Report of the Municipal Commissioner on the plague in Bombay for the year ending 31st May... - Volume 1
Disease focus: Plague
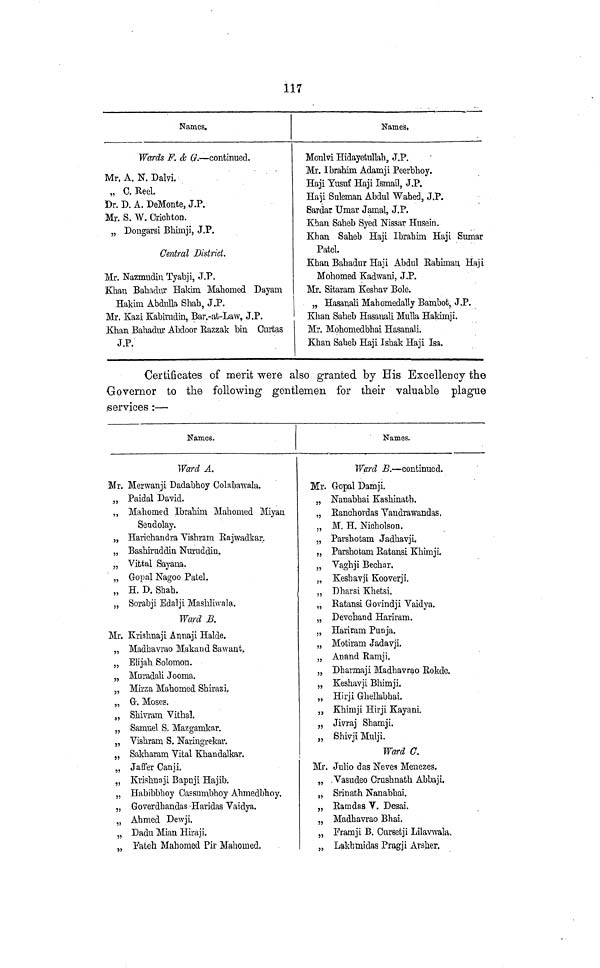
117
Names.
Wards F. & G. — continued.
Mr, A. N. Dalvi.
C Keel
" C. Reel.
Dr. D. A. DeMonte, J.P.
Mr. S. W. Crichton.
„ Dongarsi Bhimji, J.P.
Central District.
Mr. Nazmudin Tyabji, J.P.
Khan Bahadur Hakim Mahomed Dayam
Hakim Abdulla Shah, J.P.
Mr. Kazi Kabiradin, Bar.-at-Law, J.P.
Khan Bahadur Abdoor Razzak bin Curtas
J.P.
Names,
Moulvi Hidayetullah, J.P.
Mr. Ibrahim Adamji Peerbhoy.
Haji Yusuf Haji Ismail, J.P.
Haji Suleman Abdul Wahed, J.P.
Bardar Umar Jamal, J.P.
Khan Saheb Syed Nissar Husein.
Khan Saheb Haji Ibrahim Haji Sumar
Patel.
Khan Bahadur Haji Abdul Rabiman Haji
Mohomed Kadwani, J.P.
Mr. Sitaram Keshav Bole.
„ Hasanali Mahomedally Bambofc, J.P.
Khan Saheb Hasanali Mulla Hakunji.
Mr. Mohomedbhai Hasanali.
Khan Saheb Haji Ishak Haji Isa.
Certificates of merit were also granted by His Excellency the
Governor to the following gentlemen for their valuable plague
services :—
Names.
Ward A.
Mr. Merwanji Dadabhoy Colabawala,
„ Paidal David.
,, Mahomed Ibrahim Mahomed Miyan
Sendolay.
„ Haricharidra Vishram Rajwadkar.
„ Bashiruddin Nuruddin.
„ Vittal Sayana.
„ Gopal Nagoo PateL
„ H. D. Shah.
„ Sorabji Edalji Mashlhvala.
Ward B.
Mr. Krishnaji Annaji Halde.
„ Madhavrao Makand Sawant.
„ Elijah Solomon.
„ Muradali Jooma.
„ Mirza Mahomed Shirazi,
„ G. Moses.
" Shivram Vithal.
„ Samuel S. Mazgamkar.
„ Vishram S. Naringirekar.
„ Sakharam Vital Khandalkar.
„ Jaffer Canji.
„ Krishnaji Bapuji Hajib.
„ Habibbhoy Cassumbhoy Ahmedbhoy.
„ Goverdhandas Haridas Vaidya.
„ Ahmed Dewji.
„ Dadu Mian Hiraji.
„ Fateh Mahomed Pir Mahomed.
Names.
Ward B, — continued.
Mr. G-opal Damji.
„ Nanabhai Kashinath.
„ Ranchordas Yandrawandas,
„ M. H. Nicholson.
„ Parshotam Jadhavji.
„ Parshofcam Batansi Khimji,
„ Vaghji Bechar.
„ Keshavji Kooverji.
,, Dharsi Khetsi.
„ Ratansi Govindji Vaidya.
„ Devchand Hariram.
„ Hariram Punja.
„ Motiram Jadavji.
„ Anand Ramji.
„ Dharmaji Madhavrao Rokde.
„ Keshavji Bhimji.
„ Hirji Ghellabhai.
,, Khimji Hirji Kayani.
„ Jivraj Shamji.
„ Sliivji Mulji,
Ward C.
Mr. Julio das Neves Menezes.
„ Vasudeo Crushnath Abbaji.
„ Srinath Nanabhai.
„ Ramdas V. Desai.
„ Madhavrao Bhai.
„ Framji B. Cursetji Lilavwala.
„ Lakh mi das Pragji Arsher.